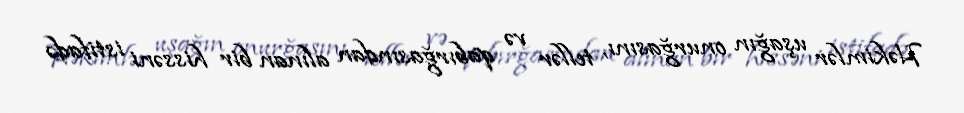
Həkimlər uşağın onurğasını, tellər və qabırğasından alınan bir hissəni istifadə